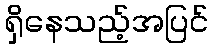
ရှိနေသည့်အပြင်